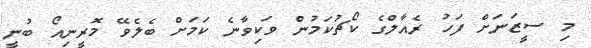
މި ސީޒަނަށް ފަހު ރެއާލްގެ ކޯޗުކަމުން ވަކިވާނެ ކަމަށް ބެލެވޭ މޮރީނިއޯ ބުނީ